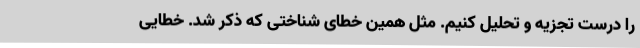
را درست تجزیه و تحلیل کنیم. مثل همین خطای شناختی که ذکر شد. خطایی